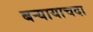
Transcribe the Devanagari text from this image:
बऱ्यायाचदा